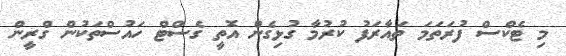
މި ޓެކްސް ފުރަތަމަ ތައާރަފު ކުރުމާ ގުޅިގެން އޮތީ ގެސްޓް ހައުސްތަކުން ގްރީން